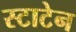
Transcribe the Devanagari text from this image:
स्टाटेन